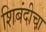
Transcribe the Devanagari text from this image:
शिबंदीचा